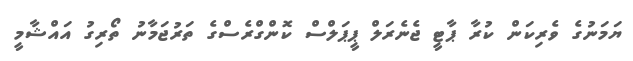
ޔަމަނުގެ ވެރިކަން ކުރާ ޕާޓީ ޖެނެރަލް ޕީޕަލްސް ކޮންގްރެސްގެ ތަރުޖަމާނު ތޯރިގު އައްޝާމީ